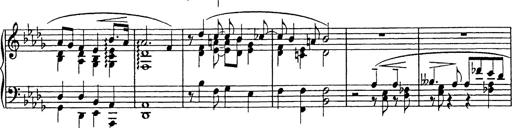
Title: Consolations
Composer: Franz Liszt